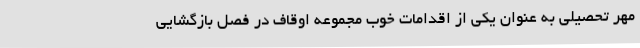
مهر تحصیلی به عنوان یکی از اقدامات خوب مجموعه اوقاف در فصل بازگشایی